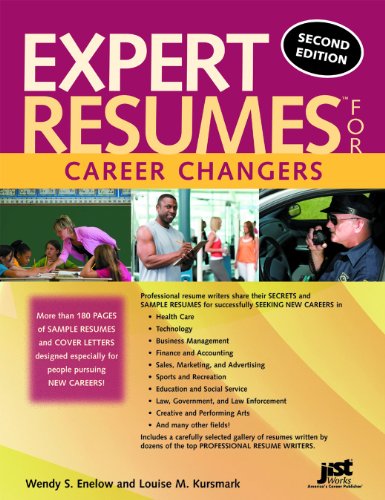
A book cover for Expert Resumes for Career Changers, 2nd Ed; Wendy S Enelow and Louise M Kursmark; Business & Money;